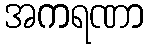
အကရဏာ